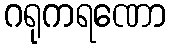
ဂရုကရဏော